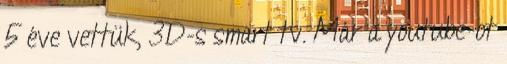
5 éve vettük, 3D-s smart tv. Már a youtube-ot